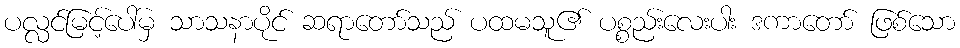
ပလ္လင်မြင့်ပေါ်မှ သာသနာပိုင် ဆရာတော်သည် ပထမသူ၏ ပစ္စည်းလေးပါး ဒကာတော် ဖြစ်သော